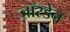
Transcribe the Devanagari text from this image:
जॉरडेन